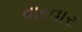
વારવાર